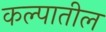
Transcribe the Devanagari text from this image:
कल्पातील